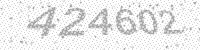
Solution: 424602